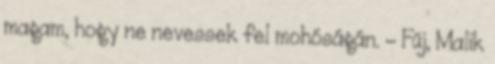
magam, hogy ne nevessek fel mohóságán. - Fúj, Malik